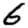
Digit: 6